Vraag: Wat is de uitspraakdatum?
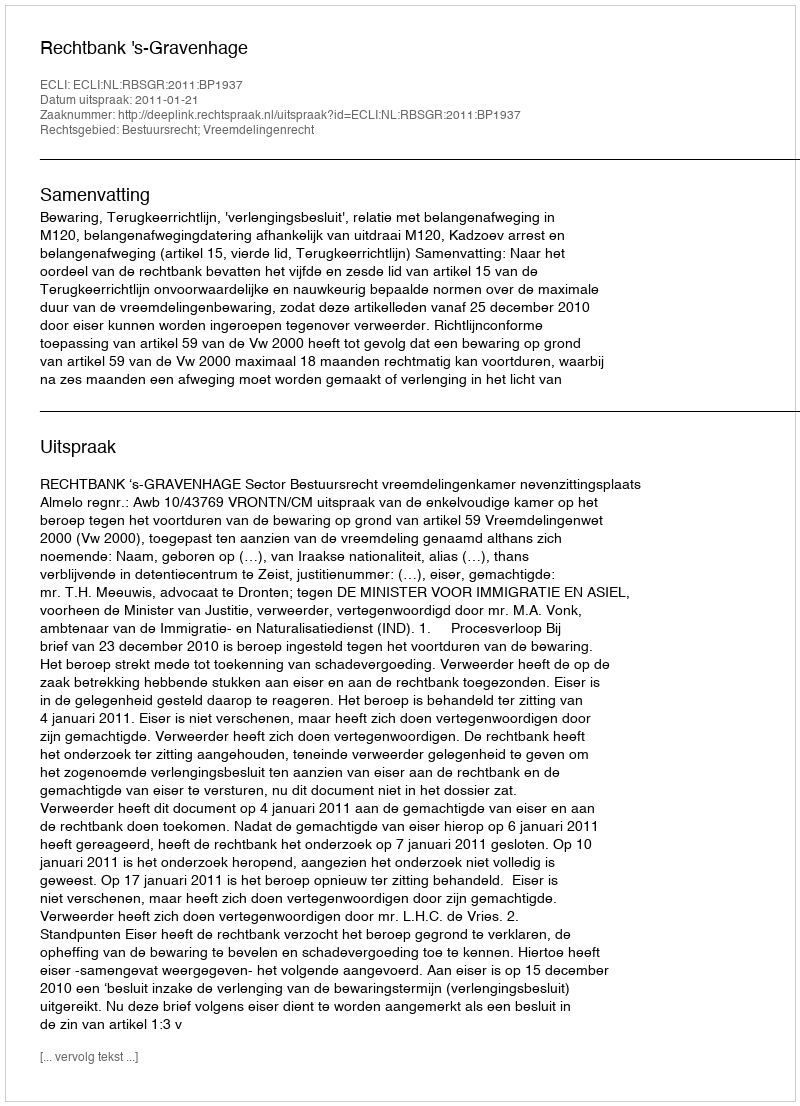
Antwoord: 2011-01-21